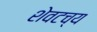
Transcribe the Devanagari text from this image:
शेवटच्य